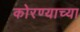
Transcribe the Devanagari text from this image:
कोरण्याच्या